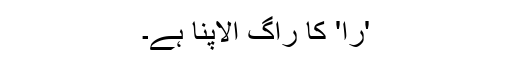
'را' کا راگ الاپنا ہے۔